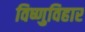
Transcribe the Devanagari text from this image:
विष्णुविहार